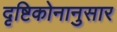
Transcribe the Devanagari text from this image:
दृष्टिकोनानुसार